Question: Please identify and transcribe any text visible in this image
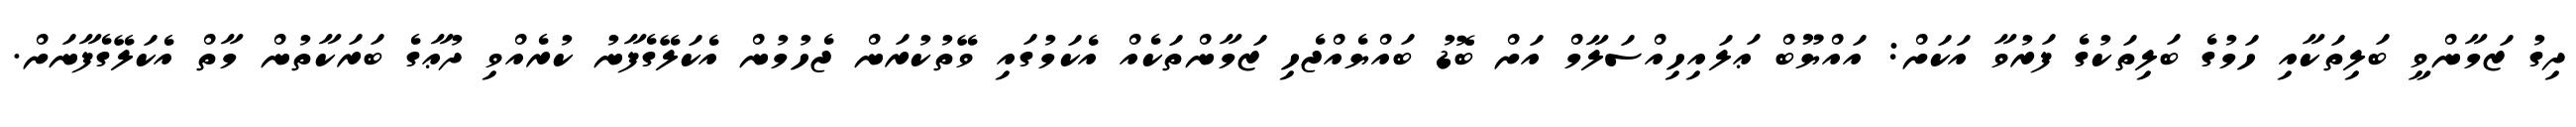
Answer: ދިގު ޒަމާންވީ ބަލިތަކާއި ހަމުގެ ބަލިތަކުގެ ފަރުވާ އަކަށް: އައްޔޫބް ޢަލައިހިއްސަލާމް އަށް ބޮޑު ބައްޔެއްޖެހި ޒަމާންތަކެއް އެކަމުގައި ވޭތުކުރަން ޖެހުމުން އެކަލޭގެފާނު ކުރެއްވި ދުޢާގެ ބަރަކާތުން މާތް އެކަލޭގެފާނަށް.